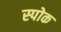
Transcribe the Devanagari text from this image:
स्‍पोक